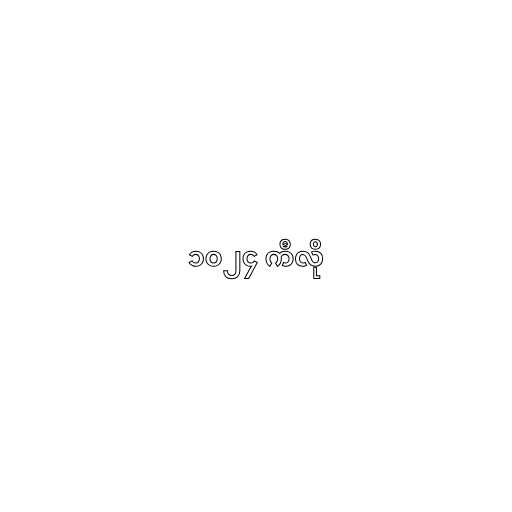
၁၀၂၄ ကီလို